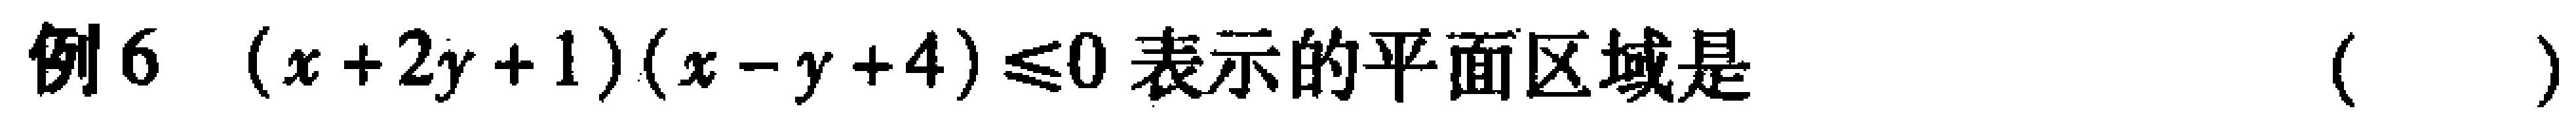
例6 \((x + 2y + 1)(x - y + 4) \leq 0\)表示的平面区域是（  ）